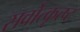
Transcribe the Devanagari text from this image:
सर्वोत्कृत्ष्ट